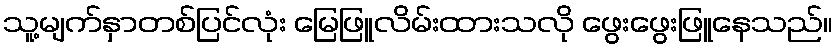
သူ့မျက်နှာတစ်ပြင်လုံး မြေဖြူလိမ်းထားသလို ဖွေးဖွေးဖြူနေသည်။